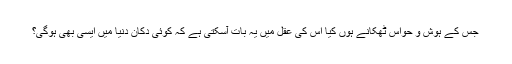
جس کے ہوش و حواس ٹھکانے ہوں کیا اس کی عقل میں یہ بات آسکتی ہے کہ کوئی دکان دنیا میں ایسی بھی ہوگی؟